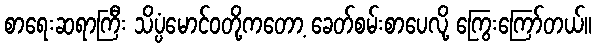
စာရေးဆရာကြီး သိပ္ပံမောင်ဝတို့ကတော့ ခေတ်စမ်းစာပေလို့ ကြွေးကြော်တယ်။